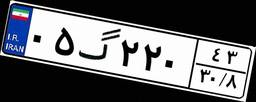
۱۹گ۶۰۱۱۰